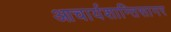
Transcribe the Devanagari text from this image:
आचार्यशान्तिसागर